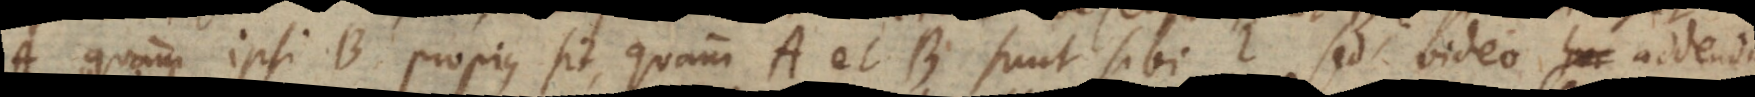
quam ipsi B propius sit, quam A et B sunt sibi? Sed video addendum